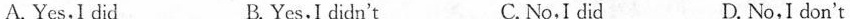
A.Yes,I did B. Yes,I didn't C. No,I did D. No,I don't